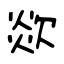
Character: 欻